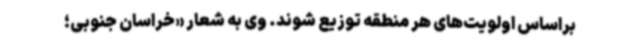
براساس اولویت‌های هر منطقه توزیع شوند. وی به شعار «خراسان جنوبی؛